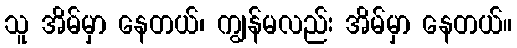
သူ အိမ်မှာ နေတယ်၊ ကျွန်မလည်း အိမ်မှာ နေတယ်။